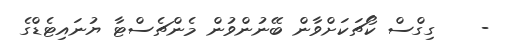
-    ގިގްސް ކޯޗަކަށްވާން ބޭނުންވުން މެންޗެސްޓާ ޔުނައިޓެޑްގެ